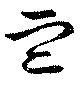
血